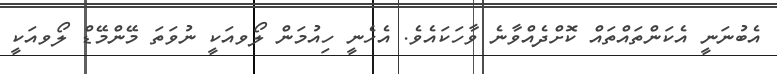
އެބުނަނީ އެކަންތައްތައް ކޮށްދެއްވާނެ ވާހަކައެވެ. އެހެނީ ހިއުމަން ލޯވއަކީ ނުވަތަ މޭންމޭޑް ލޯވއަކީ